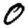
Digit: 0